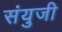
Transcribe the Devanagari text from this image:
संयुजी